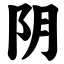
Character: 阴